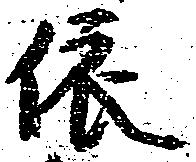
依